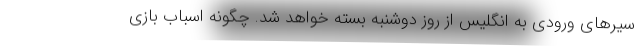
سیرهای ورودی به انگلیس از روز دوشنبه بسته خواهد شد. چگونه اسباب‌ بازی